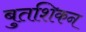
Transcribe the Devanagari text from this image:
बुतशिकन